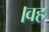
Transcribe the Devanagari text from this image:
।वह